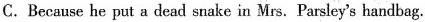
C.Because he put a dead snake in Mrs. Parsley's handbag.